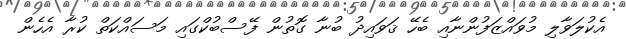
އެކުލަވާލި މުވައްޒަފުންނާއި ބެހޭ ޤަވައިދު ބުނާ ގޮތުުން ފޭސްބުކްގައި މަސައްކަތް ކުރާ އެހެން